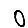
Digit: 0